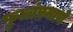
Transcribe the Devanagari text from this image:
फुलांप्रमाणे